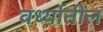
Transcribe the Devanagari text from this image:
वर्ध्यातील